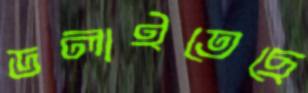
ডলাইতেছে